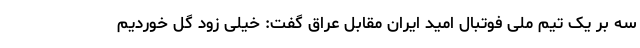
سه بر یک تیم ملی فوتبال امید ایران مقابل عراق گفت: خیلی زود گل خوردیم